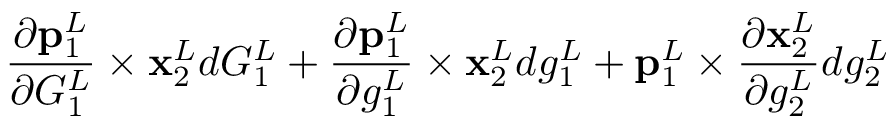
\frac { \partial \mathbf { p } _ { 1 } ^ { L } } { \partial G _ { 1 } ^ { L } } \times \mathbf { x } _ { 2 } ^ { L } d G _ { 1 } ^ { L } + \frac { \partial \mathbf { p } _ { 1 } ^ { L } } { \partial g _ { 1 } ^ { L } } \times \mathbf { x } _ { 2 } ^ { L } d g _ { 1 } ^ { L } + \mathbf { p } _ { 1 } ^ { L } \times \frac { \partial \mathbf { x } _ { 2 } ^ { L } } { \partial g _ { 2 } ^ { L } } d g _ { 2 } ^ { L }